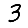
Digit: 3